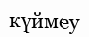
күймеу